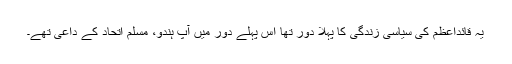
یہ قائداعظم کی سیاسی زندگی کا پہلا دور تھا اس پہلے دور میں آپ ہندو، مسلم اتحاد کے داعی تھے۔